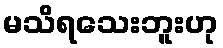
မသိရသေးဘူးဟု